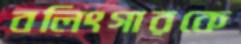
বলিংগারকে